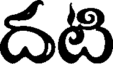
దటి